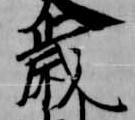
歳